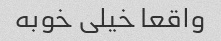
واقعا خیلی خوبه